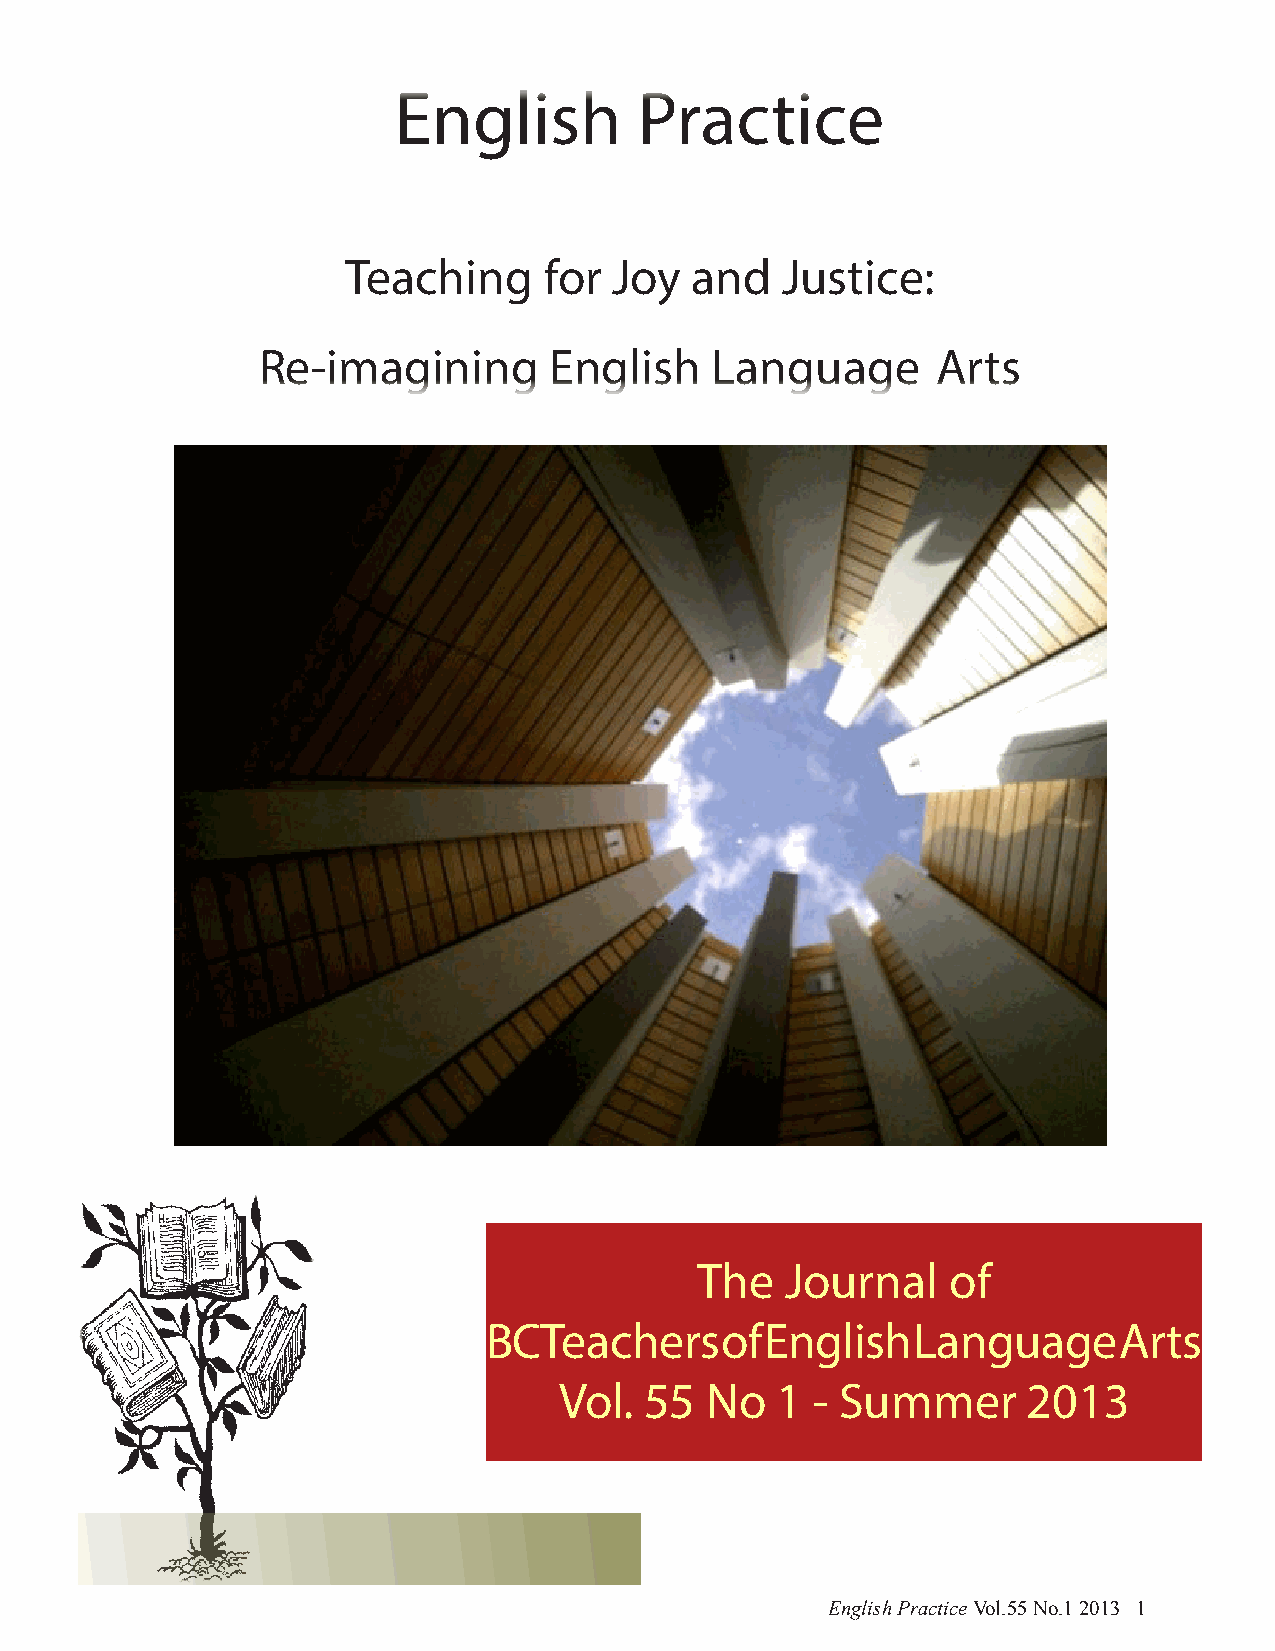
English         Practice
 Teaching     for  Joy  and   Justice:
 Re-imagining       English    Language       Arts
 The   Journal    of
 BCT  eachers    of English  Language      Arts
 Vol.  55  No  1  - Summer      2013
 English Practice Vol.55 No.1 2013 1